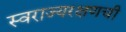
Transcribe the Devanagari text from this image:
स्वराज्यरक्षणची